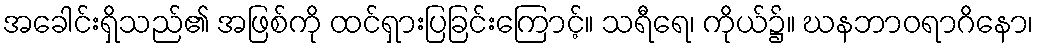
အခေါင်းရှိသည်၏ အဖြစ်ကို ထင်ရှားပြခြင်းကြောင့်။ သရီရေ၊ ကိုယ်၌။ ဃနဘာဝရာဂိနော၊